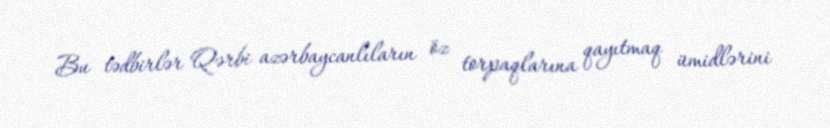
Bu tədbirlər Qərbi azərbaycanlıların öz torpaqlarına qayıtmaq ümidlərini